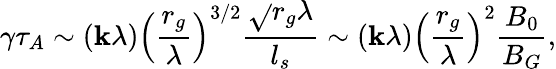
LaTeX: \gamma\tau_{A}\sim(\mathbf{k}\lambda)\left(\frac{{r_{g}}}{{\lambda}}\right)^{3/2}\frac{{\sqrt{}{{r_{g}\lambda}}}}{{l_{s}}}\sim(\mathbf{k}\lambda)\left(\frac{{r_{g}}}{{\lambda}}\right)^{2}\frac{{B_{0}}}{{B_{G}}},